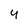
Character: 4